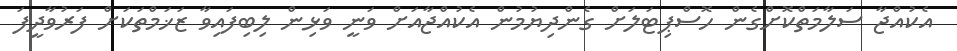
އެކުއްޖާ ސަލާމަތްކޮށްގެން ހޮސްޕިޓަލަށް ގެންދިޔުމުން އެކުއްޖާއަށް ވަނީ ވަޅިން ލިބިފައިވާ ޒަޚަމްތަކަށް ފަރުވާދީފަ